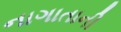
નાગાતાની